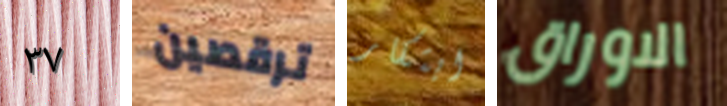
٣٧ ترقصين ابتكار الاوراق